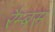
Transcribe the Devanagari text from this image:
रैम्बस